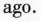
ago.